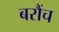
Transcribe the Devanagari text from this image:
बरौंच